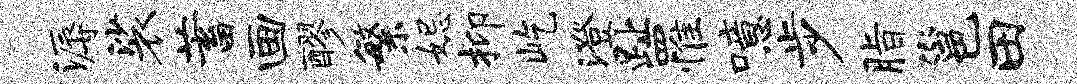
溽裟蓄画醪繁妃抑屹澄趾罹噫步脂邕田